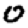
Digit: 0